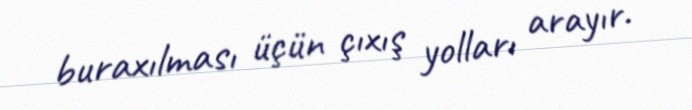
buraxılması üçün çıxış yolları arayır.